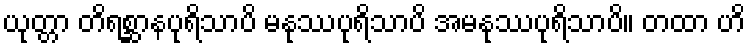
ယုတ္တာ တိရစ္ဆာနပုရိသာပိ မနုဿပုရိသာပိ အမနုဿပုရိသာပိ။ တထာ ဟိ